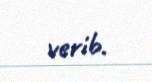
verib.